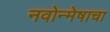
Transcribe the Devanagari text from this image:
नवोन्मेषाचा